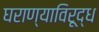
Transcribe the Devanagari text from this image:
घराण्याविरूद्ध